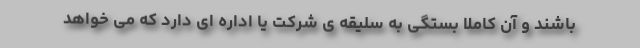
باشند و آن کاملا بستگی به سلیقه ی شرکت یا اداره ای دارد که می خواهد